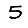
Digit: 5